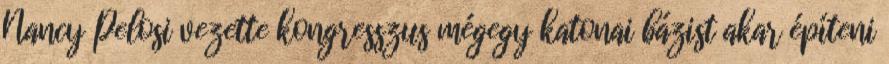
Nancy Pelosi vezette kongresszus mégegy katonai bázist akar építeni